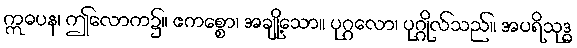
ဣဓပန၊ ဤလောက၌။ ဧကစ္စော၊ အချို့သော။ ပုဂ္ဂလော၊ ပုဂ္ဂိုလ်သည်။ အပရိသုဒ္ဓ